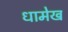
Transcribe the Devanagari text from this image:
धामेख